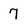
Character: 7